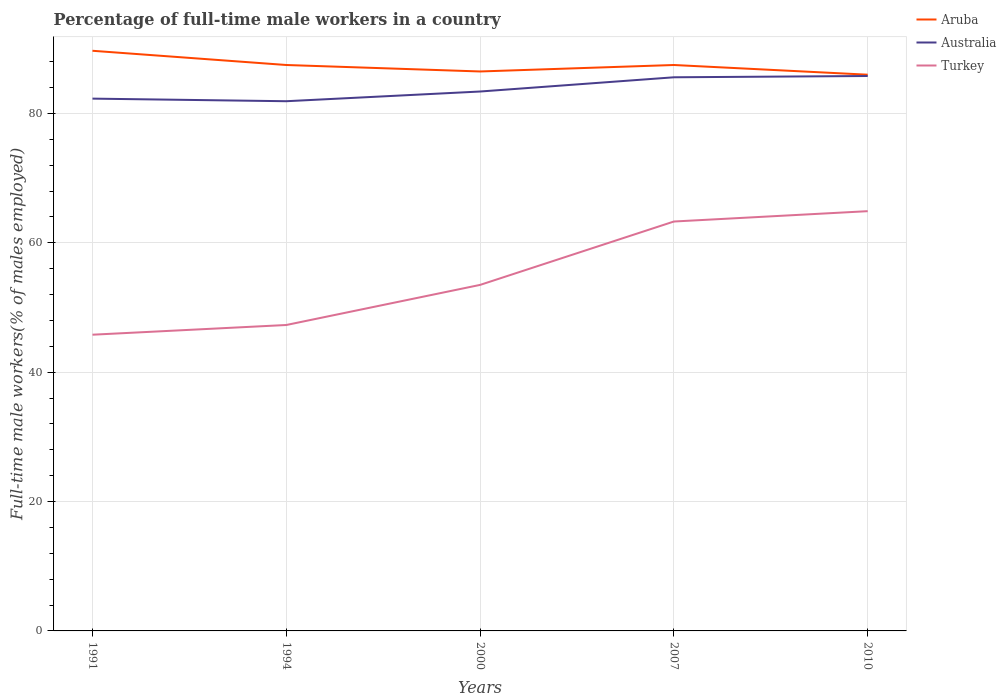
| Years | Aruba | Australia | Turkey |
 | --- | --- | --- | --- |
 | 1991 | 89.7 | 82.3 | 45.8 |
 | 1994 | 87.5 | 81.9 | 47.3 |
 | 2000 | 86.5 | 83.4 | 53.5 |
 | 2007 | 87.5 | 85.6 | 63.3 |
 | 2010 | 86 | 85.8 | 64.9 |